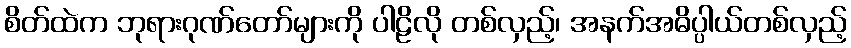
စိတ်ထဲက ဘုရားဂုဏ်တော်များကို ပါဠိလို တစ်လှည့်၊ အနက်အဓိပ္ပါယ်တစ်လှည့်